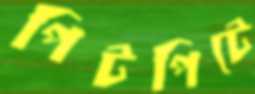
পিটপিটে